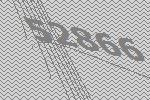
52866